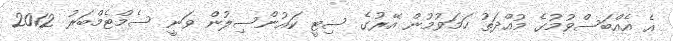
އެ އެއްބަސްވުމުގެ މުއްދަތު ހަމަވުމުން އޭރުގެ ސިޓީ ކައުންސިލުން ވަނީ ސެމްޓެމްބަރު 2012